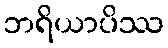
ဘရိယာပိဿ